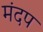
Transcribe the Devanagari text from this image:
मंदप